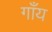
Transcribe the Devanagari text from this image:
गाँय